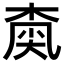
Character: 𡙚